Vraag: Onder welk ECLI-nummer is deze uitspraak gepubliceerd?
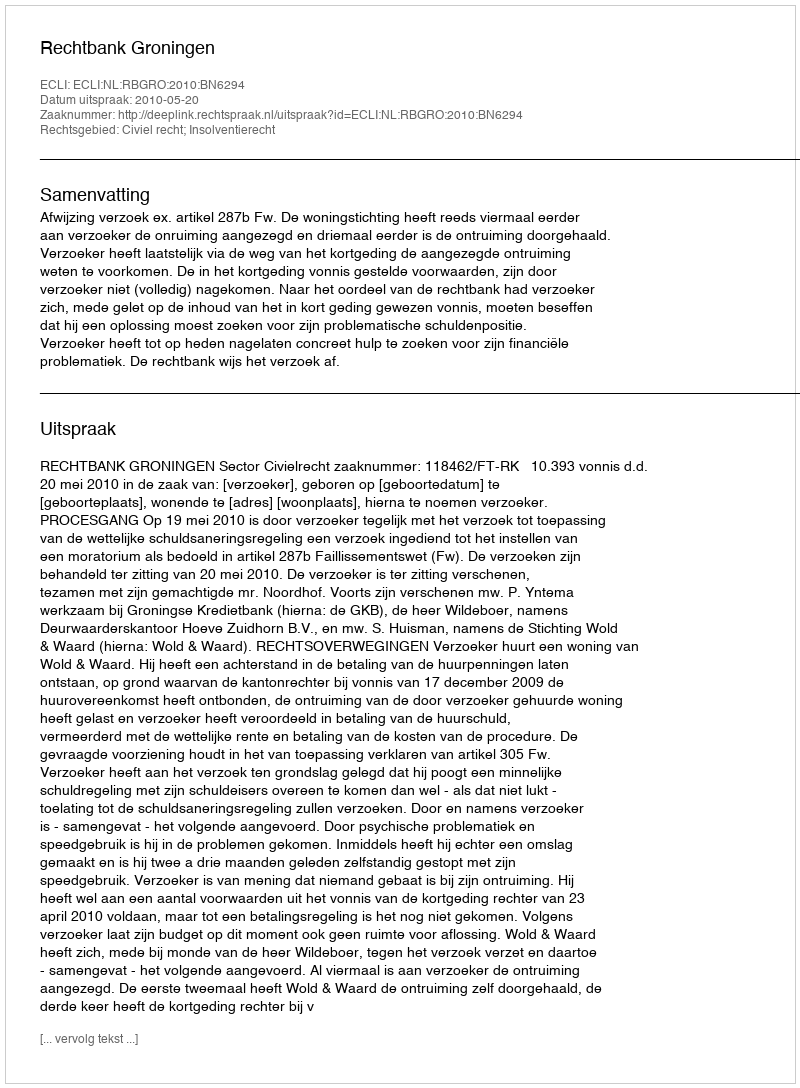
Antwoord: ECLI:NL:RBGRO:2010:BN6294